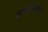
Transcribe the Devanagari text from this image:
काकचिल्केल